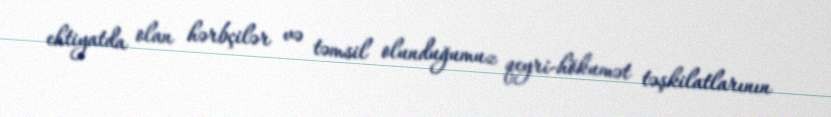
ehtiyatda olan hərbçilər və təmsil olunduğumuz qeyri-hökumət təşkilatlarının